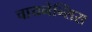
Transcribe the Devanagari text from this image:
चायनेन्सिस